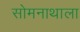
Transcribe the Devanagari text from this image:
सोमनाथाला